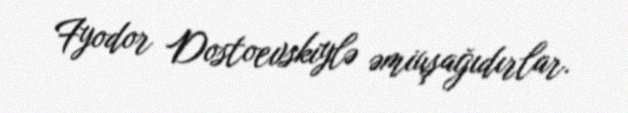
Fyodor Dostoevskiylə əmiuşağıdırlar.